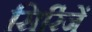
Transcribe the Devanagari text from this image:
सिरिंजें